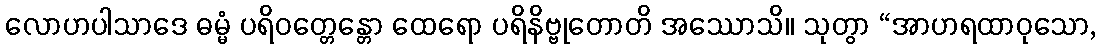
လောဟပါသာဒေ ဓမ္မံ ပရိဝတ္တေန္တော ထေရော ပရိနိဗ္ဗုတောတိ အဿောသိ။ သုတွာ “အာဟရထာဝုသော,